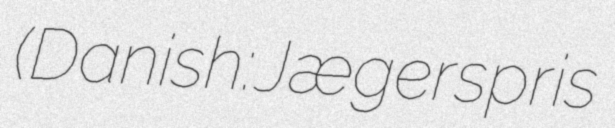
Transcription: (Danish: Jægerspris